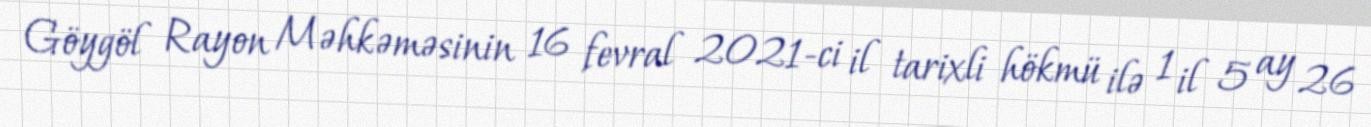
Göygöl Rayon Məhkəməsinin 16 fevral 2021-ci il tarixli hökmü ilə 1 il 5 ay 26